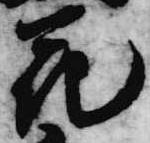
花